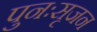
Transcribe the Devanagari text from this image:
पुनःसृजन